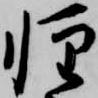
軽